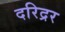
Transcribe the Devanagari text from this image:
दरिद्रर